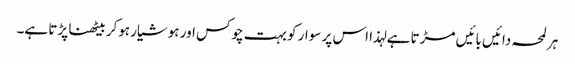
ہر لمحہ دائیں بائیں مڑتا ہے لہذا اس پر سوار کو بہت چوکس اور ہوشیار ہوکر بیٹھنا پڑتا ہے۔